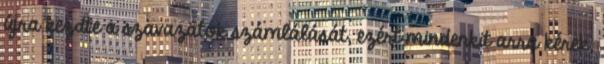
újra kezdte a szavazatok számlálását, ezért mindenkit arra kérek,